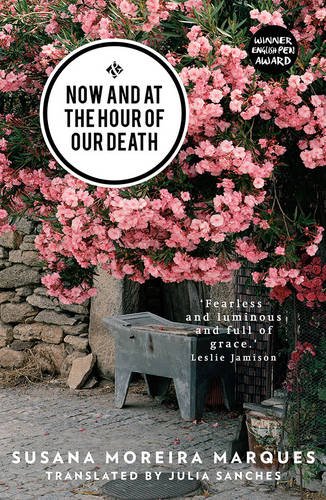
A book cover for Now and at the Hour of our Death; Susana Moreira Marques; Medical Books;